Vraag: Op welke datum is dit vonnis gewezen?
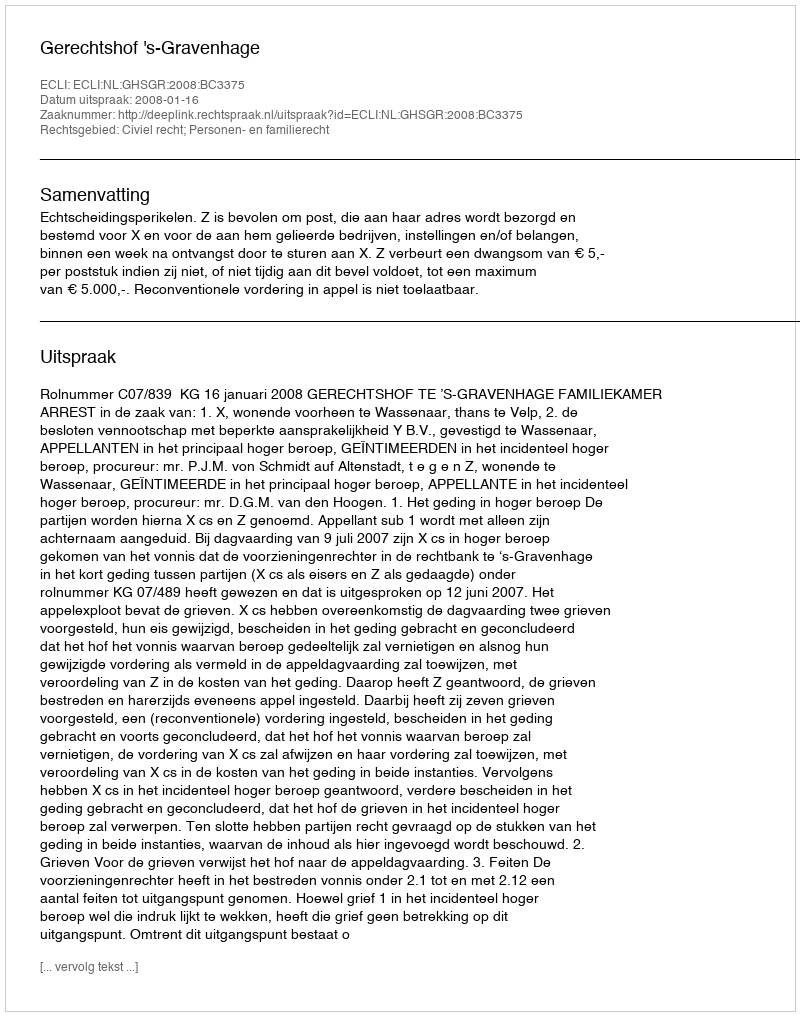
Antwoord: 2008-01-16